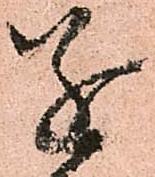
遂